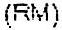
(RM)